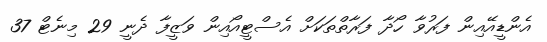
އެންޑީއޭއިން ފަރުވާ ހޯދާ ފަރާތްތަކަށް އެސްޓީއޯއިން ވަޒީފާ ދެނީ 29 މިނެޓް 37